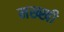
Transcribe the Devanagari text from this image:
मख्खी